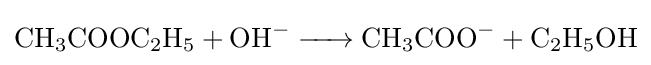
{\ce {CH3COOC2H5 + OH- -> CH3COO- + C2H5OH}}